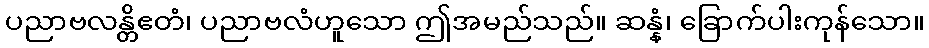
ပညာဗလန္တိဧတံ၊ ပညာဗလံဟူသော ဤအမည်သည်။ ဆန္နံ၊ ခြောက်ပါးကုန်သော။